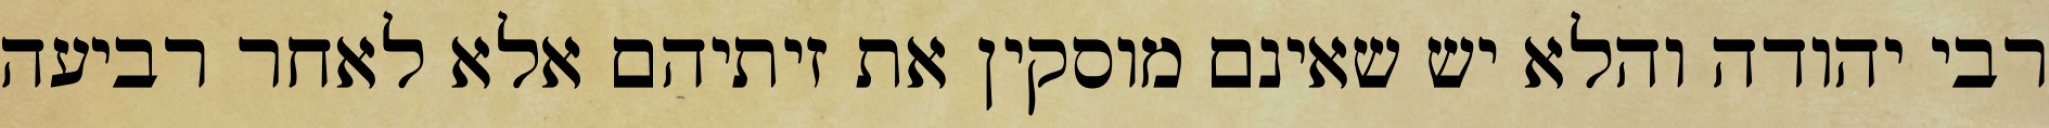
רבי יהודה והלא יש שאינם מוסקין את זיתיהם אלא לאחר רביעה